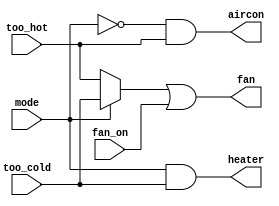
// This program was cloned from: https://github.com/milind7777/VerilogDocGen
// License: MIT License

module thermostat(
  input mode,
  input too_cold,
  input too_hot,
  input fan_on,
  output heater,
  output aircon,
  output fan

);

  assign fan = (mode ? too_cold : too_hot) | fan_on;
  assign heater = (mode & too_cold);
  assign aircon = (~mode & too_hot);

endmodule